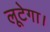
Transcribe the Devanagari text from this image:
लूटेगा।